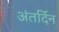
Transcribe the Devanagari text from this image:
अंतर्दिन